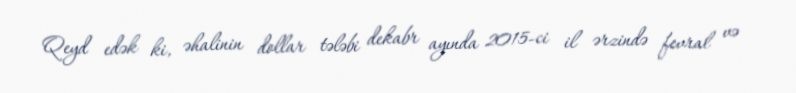
Qeyd edək ki, əhalinin dollar tələbi dekabr ayında 2015-ci il ərzində fevral və